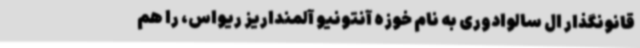
قانونگذار ال سالوادوری به نام خوزه آنتونیو آلمنداریز ریواس، را هم